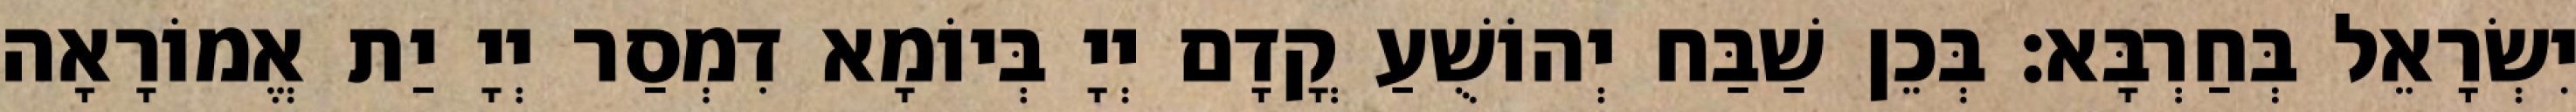
יִשְׂרָאֵל בְּחַרְבָּא׃ בְּכֵן שַׁבַּח יְהוֹשֻׁעַ קֳדָם יְיָ בְּיוֹמָא דִמְסַר יְיָ יַת אֱמוֹרָאָה